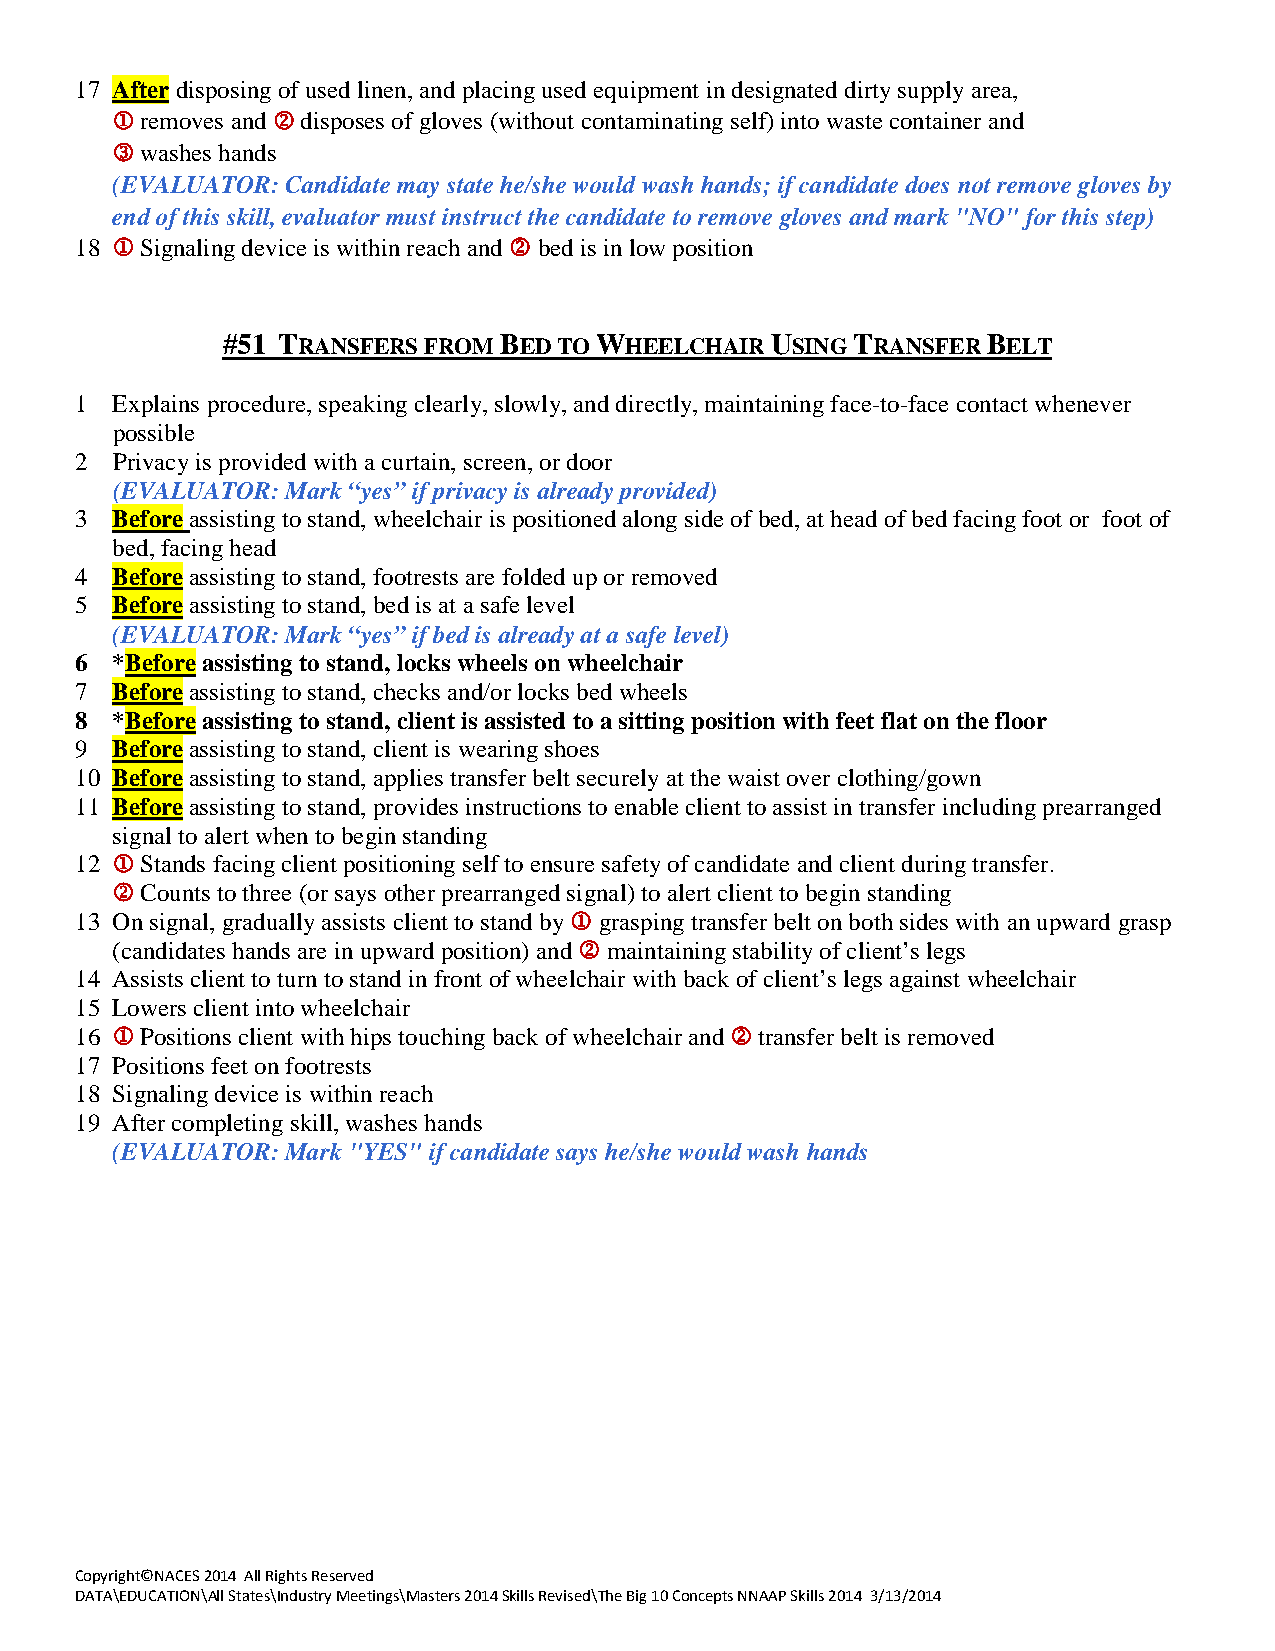
17 After disposing of used linen, and placing used equipment in designated dirty supply area,
  removes and  disposes of gloves (without contaminating self) into waste container and
  washes hands
 (EVALUATOR: Candidate may state he/she would wash hands; if candidate does not remove gloves by
 end of this skill, evaluator must instruct the candidate to remove gloves and mark "NO" for this step)
 18  Signaling device is within reach and  bed is in low position
 #51 TRANSFERS FROM BED TO WHEELCHAIR USING TRANSFER BELT
 1 Explains procedure, speaking clearly, slowly, and directly, maintaining face-to-face contact whenever
 possible
 2 Privacy is provided with a curtain, screen, or door
 (EVALUATOR: Mark “yes” if privacy is already provided)
 3 Before assisting to stand, wheelchair is positioned along side of bed, at head of bed facing foot or foot of
 bed, facing head
 4 Before assisting to stand, footrests are folded up or removed
 5 Before assisting to stand, bed is at a safe level
 (EVALUATOR: Mark “yes” if bed is already at a safe level)
 6 *Before assisting to stand, locks wheels on wheelchair
 7 Before assisting to stand, checks and/or locks bed wheels
 8 *Before assisting to stand, client is assisted to a sitting position with feet flat on the floor
 9 Before assisting to stand, client is wearing shoes
 10 Before assisting to stand, applies transfer belt securely at the waist over clothing/gown
 11 Before assisting to stand, provides instructions to enable client to assist in transfer including prearranged
 signal to alert when to begin standing
 12  Stands facing client positioning self to ensure safety of candidate and client during transfer.
  Counts to three (or says other prearranged signal) to alert client to begin standing
 13 On signal, gradually assists client to stand by  grasping transfer belt on both sides with an upward grasp
 (candidates hands are in upward position) and  maintaining stability of client’s legs
 14 Assists client to turn to stand in front of wheelchair with back of client’s legs against wheelchair
 15 Lowers client into wheelchair
 16  Positions client with hips touching back of wheelchair and  transfer belt is removed
 17 Positions feet on footrests
 18 Signaling device is within reach
 19 After completing skill, washes hands
 (EVALUATOR: Mark "YES" if candidate says he/she would wash hands
 Copyright©NACES 2014 All Rights Reserved
 DATA\EDUCATION\All States\Industry Meetings\Masters 2014 Skills Revised\The Big 10 Concepts NNAAP Skills 2014 3/13/2014